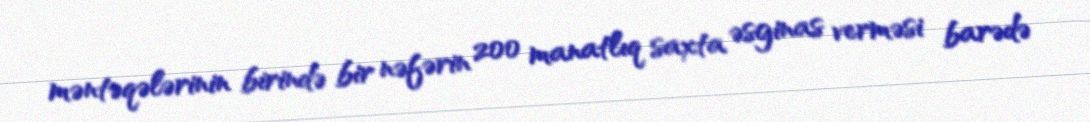
məntəqələrinin birində bir nəfərin 200 manatlıq saxta əsginas verməsi barədə